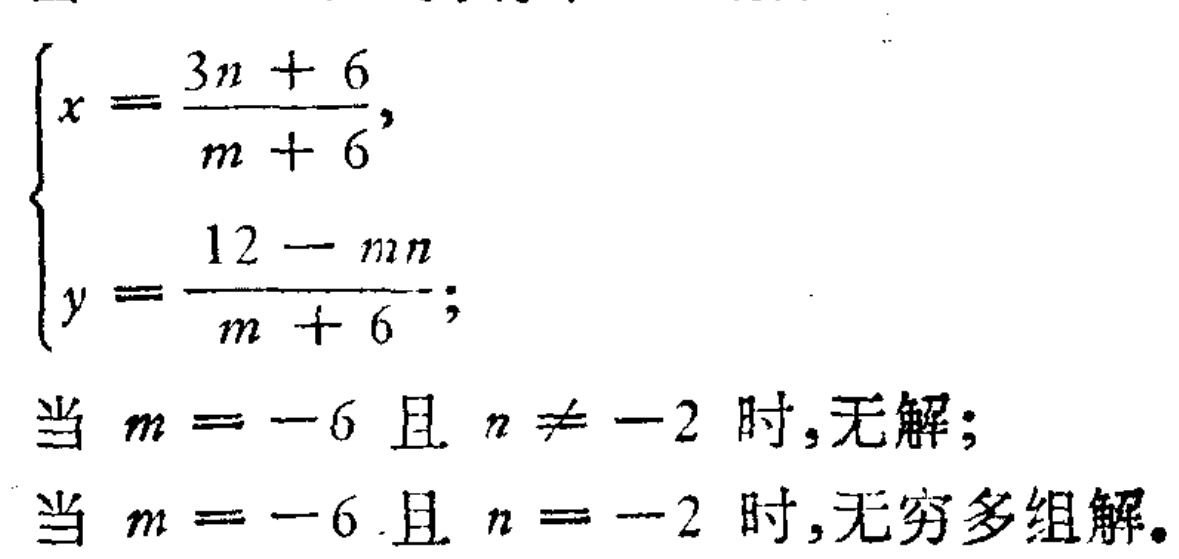
\[\begin{cases}
x = \frac{3n + 6}{m + 6},\\
y = \frac{12 - mn}{m + 6};
\end{cases}\]
当 \(m = -6\) 且 \(n \neq -2\) 时,无解；
当 \(m = -6\) 且 \(n = -2\) 时,无穷多组解。